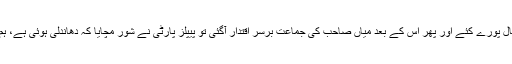
خیر زرداری صاحب نے پانچ سال پورے کئے اور پھر اس کے بعد میاں صاحب کی جماعت برسرِ اقتدار آگئی تو پیپلز پارٹی نے شور مچایا کہ دھاندلی ہوئی ہے، ہم اس الیکشن کو تسلیم نہیں کرتے۔